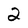
Character: 2